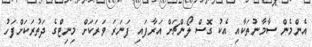
އެންމެން ސާމާނުތަކާއި އެކު ގޮސް ލޯންޗަށް އަރާފައި ފަނަރަ ވަރަކަށް މިނިޓްގެ ދަތުރަކަށްފަހު